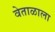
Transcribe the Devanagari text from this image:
वेताळाला